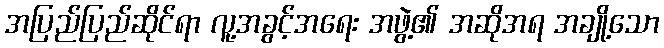
အပြည်ပြည်ဆိုင်ရာ လူ့အခွင့်အရေး အဖွဲ့၏ အဆိုအရ အချို့သော